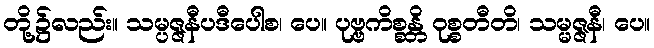
တို့၌လည်း။ သမ္ပဇ္ဇနီပဒီပေါစ၊ ပေ။ ပုဗ္ဗကိစ္စန္တိ ဝုစ္စတီတိ၊ သမ္မဇ္ဇနီ၊ ပေ။